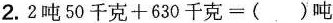
2.$$2 吨 5 0 千 克 + 6 3 0 千 克 = （） 吨$$